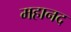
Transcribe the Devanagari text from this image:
महानद